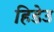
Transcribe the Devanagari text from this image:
हिडेउ